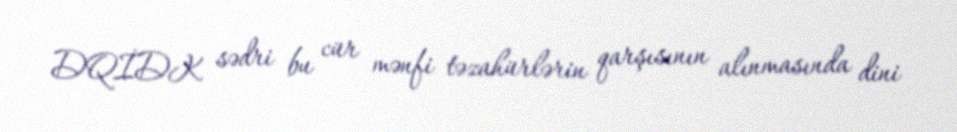
DQİDK sədri bu cür mənfi təzahürlərin qarşısının alınmasında dini